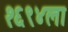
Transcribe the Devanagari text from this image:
१६९४ला